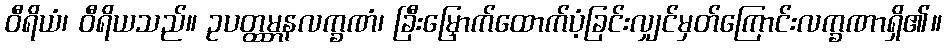
ဝီရိယံ၊ ဝီရိယသည်။ ဥပတ္ထမ္ဘနလက္ခဏံ၊ ခြီးမြှောက်ထောက်ပံ့ခြင်းလျှင်မှတ်ကြောင်းလက္ခဏာရှိ၏။